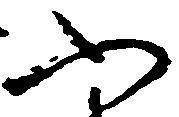
ふ